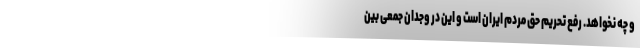
و چه نخواهد. رفع تحریم حق مردم ایران است و این در وجدان جمعی بین